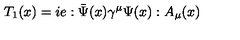
T _ { 1 } ( x ) = i e : \bar { \Psi } ( x ) \gamma ^ { \mu } \Psi ( x ) : A _ { \mu } ( x )